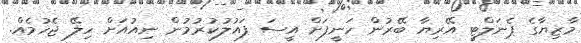
މާޒިޔާގެ ޕެނަލްޓީ އޭރިޔާ ބޭރުން ހަނީފަށް އީސަ ފައުލުކުރުމުން ނިއުއަށް ހިލޭ ޖެހުމެއް.